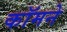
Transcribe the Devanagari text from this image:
कॉमने